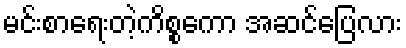
မင်းစာရေးတဲ့ကိစ္စကော အဆင်ပြေလား